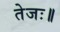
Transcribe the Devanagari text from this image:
तेजः॥